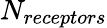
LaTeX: N_{receptors}